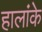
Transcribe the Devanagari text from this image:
हालांके